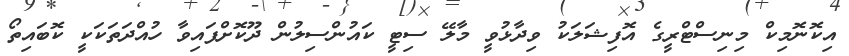
އިކޮނޮމިކް މިނިސްޓްރީގެ އޮފިޝަލަކު ވިދާޅުވީ މާލޭ ސިޓީ ކައުންސިލުން ދޫކޮށްފައިވާ ހުއްދަތަކަކީ ކޮބައިތޯ